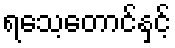
ရသေ့တောင်နှင့်